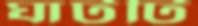
ঘাটটি